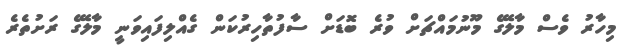
މިހާރު ވެސް މާލޭގެ މޫނުމައްޗަށް ވުރެ ބޮޑަށް ސާފުތާހިރުކަން ގެއްލިފައިވަނީ މާލޭގެ ރަށުތެރެ